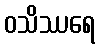
ဝသိဿရေ